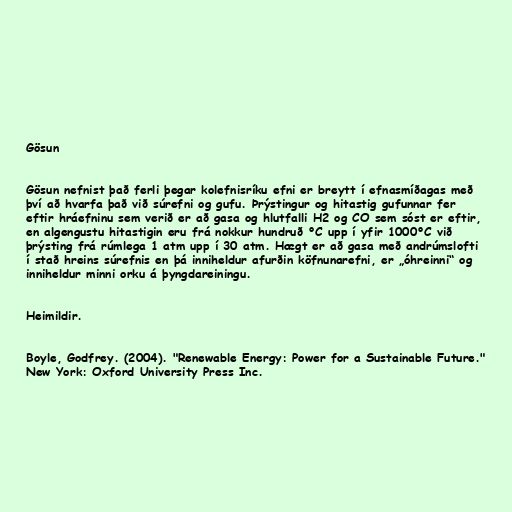
Gösun

Gösun nefnist það ferli þegar kolefnisríku efni er breytt í efnasmíðagas með
því að hvarfa það við súrefni og gufu. Þrýstingur og hitastig gufunnar fer
eftir hráefninu sem verið er að gasa og hlutfalli H2 og CO sem sóst er eftir,
en algengustu hitastigin eru frá nokkur hundruð °C upp í yfir 1000°C við
þrýsting frá rúmlega 1 atm upp í 30 atm. Hægt er að gasa með andrúmslofti
í stað hreins súrefnis en þá inniheldur afurðin köfnunarefni, er „óhreinni“ og
inniheldur minni orku á þyngdareiningu.

Heimildir.

Boyle, Godfrey. (2004). "Renewable Energy: Power for a Sustainable Future."
New York: Oxford University Press Inc.